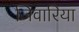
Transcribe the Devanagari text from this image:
जिवारिया